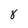
Character: 8